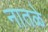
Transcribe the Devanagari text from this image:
नातळे